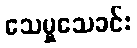
သေမှုသေခင်း